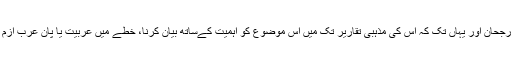
مقتدی الصدر کا عربی اور عراقی قومی تشخص کی جانب بڑھتا ہوا رجحان اور یہاں تک کہ اس کی مذہبی تقاریر تک میں اس موضوع کو اہمیت کےساتھ بیان کرنا، خطے میں عربیت یا پان عرب ازم کے نعرے لگانے والوں کو فطری طور پر ان کے قریب کررہاہے۔